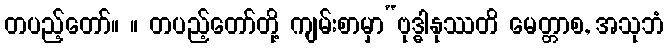
တပည့်တော်။ ။ တပည့်တော်တို့ ကျမ်းစာမှာ“ဗုဒ္ဓါနုဿတိ မေတ္တာစ, အသုဘံ